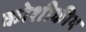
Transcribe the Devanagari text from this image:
कोशीकीय